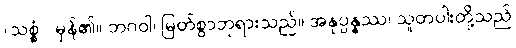
(သစ္စံ)၊ မှန်၏။ ဘဂဝါ၊ မြတ်စွာဘုရားသည်။ အနုပ္ပန္နဿ၊ သူတပါးတို့သည်